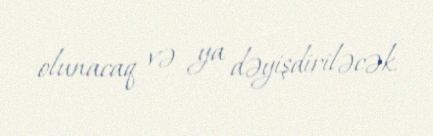
olunacaq və ya dəyişdiriləcək.